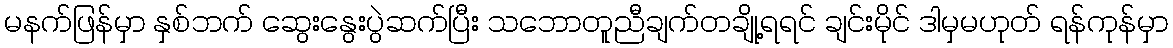
မနက်ဖြန်မှာ နှစ်ဘက် ဆွေးနွေးပွဲဆက်ပြီး သဘောတူညီချက်တချို့ရရင် ချင်းမိုင် ဒါမှမဟုတ် ရန်ကုန်မှာ